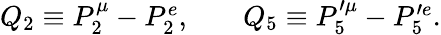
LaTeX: \begin{array}{rlr}{Q_{2}\equiv P_{2}^{\mu}-P_{2}^{e},}&{{}}&{Q_{5}\equiv P_{5}^{\prime\mu}-P_{5}^{\prime e}.}\end{array}